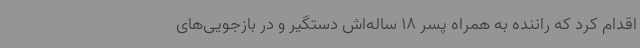
اقدام کرد که راننده به همراه پسر 18 ساله‌اش دستگیر و در بازجویی‌های